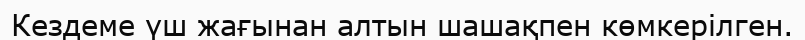
Кездеме үш жағынан алтын шашақпен көмкерілген.